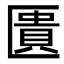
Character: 匱